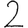
Digit: 2